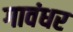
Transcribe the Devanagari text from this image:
गावंधर